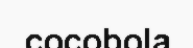
cocobola